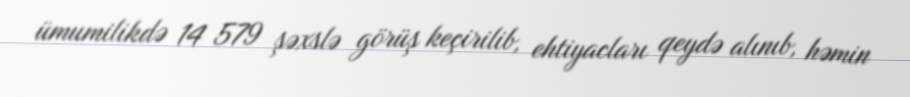
ümumilikdə 14 579 şəxslə görüş keçirilib, ehtiyacları qeydə alınıb, həmin